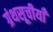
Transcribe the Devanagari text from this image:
ग्रंथसूचीयाँ